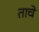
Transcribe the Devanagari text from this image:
ताचे